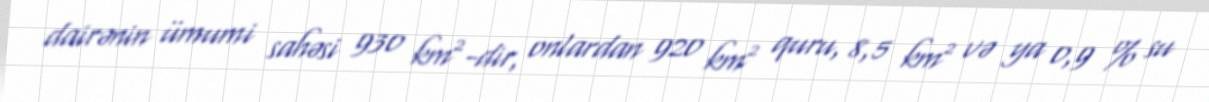
dairənin ümumi sahəsi 930 km²-dir, onlardan 920 km² quru, 8,5 km² və ya 0,9 % su